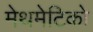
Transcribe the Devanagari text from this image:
मेथमेटिको